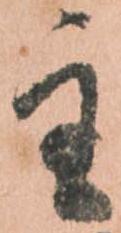
主